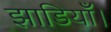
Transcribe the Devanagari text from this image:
झाडियाँ।